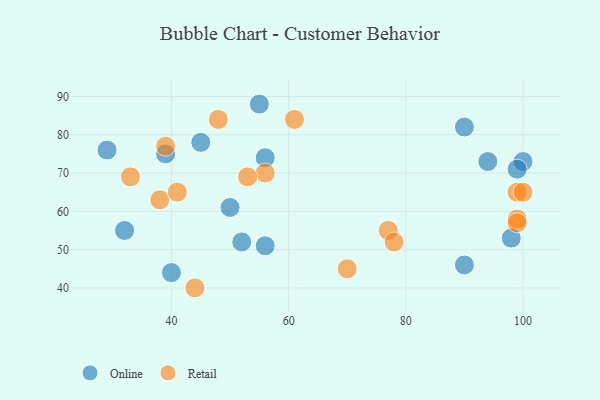
{"axis": {"x": "GDP", "y": "Life Expectancy"}, "legend": ["Online", "Retail"], "data": [{"x": "45", "y": 78, "type": "Online"}, {"x": "50", "y": 61, "type": "Online"}, {"x": "94", "y": 73, "type": "Online"}, {"x": "90", "y": 46, "type": "Online"}, {"x": "98", "y": 53, "type": "Online"}, {"x": "52", "y": 52, "type": "Online"}, {"x": "56", "y": 51, "type": "Online"}, {"x": "55", "y": 88, "type": "Online"}, {"x": "90", "y": 82, "type": "Online"}, {"x": "39", "y": 75, "type": "Online"}, {"x": "100", "y": 73, "type": "Online"}, {"x": "29", "y": 76, "type": "Online"}, {"x": "40", "y": 44, "type": "Online"}, {"x": "32", "y": 55, "type": "Online"}, {"x": "56", "y": 74, "type": "Online"}, {"x": "99", "y": 71, "type": "Online"}, {"x": "33", "y": 69, "type": "Retail"}, {"x": "99", "y": 65, "type": "Retail"}, {"x": "99", "y": 58, "type": "Retail"}, {"x": "38", "y": 63, "type": "Retail"}, {"x": "77", "y": 55, "type": "Retail"}, {"x": "41", "y": 65, "type": "Retail"}, {"x": "56", "y": 70, "type": "Retail"}, {"x": "53", "y": 69, "type": "Retail"}, {"x": "70", "y": 45, "type": "Retail"}, {"x": "48", "y": 84, "type": "Retail"}, {"x": "61", "y": 84, "type": "Retail"}, {"x": "78", "y": 52, "type": "Retail"}, {"x": "39", "y": 77, "type": "Retail"}, {"x": "100", "y": 65, "type": "Retail"}, {"x": "44", "y": 40, "type": "Retail"}, {"x": "99", "y": 57, "type": "Retail"}]}